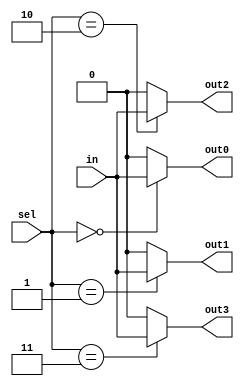
module demux_2to4 (
    input wire [1:0] sel,
    input wire in,
    output wire out0,
    output wire out1,
    output wire out2,
    output wire out3
);

assign out0 = (sel == 2'b00) ? in : 0;
assign out1 = (sel == 2'b01) ? in : 0;
assign out2 = (sel == 2'b10) ? in : 0;
assign out3 = (sel == 2'b11) ? in : 0;

endmodule